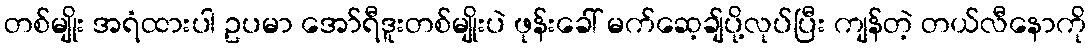
တစ်မျိုး အရံထားပါ ဥပမာ အော်ရီဒူးတစ်မျိုးပဲ ဖုန်းခေါ် မက်ဆေ့ချ်ပို့လုပ်ပြီး ကျန်တဲ့ တယ်လီနောကို